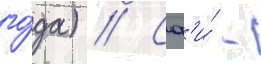
го́да) // Сф'и́ -